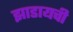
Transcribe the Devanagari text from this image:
झाडायची